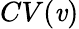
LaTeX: CV(\mathit{v})